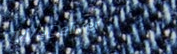
WeDeliver